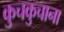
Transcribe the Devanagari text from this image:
कुचकुचाना